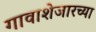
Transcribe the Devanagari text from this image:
गावाशेजारच्या